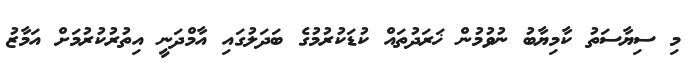
މި ސިޔާސަތު ކާމިޔާބު ނުވުމުން ޚަރަދުތައް ކުޑަކުރުމުގެ ބަދަލުގައި އާމްދަނީ އިތުރުކުރުމަށް އަމާޒު